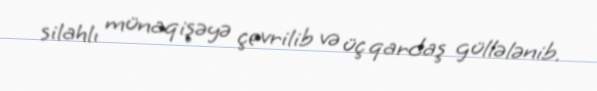
silahlı münaqişəyə çevrilib və üç qardaş güllələnib.